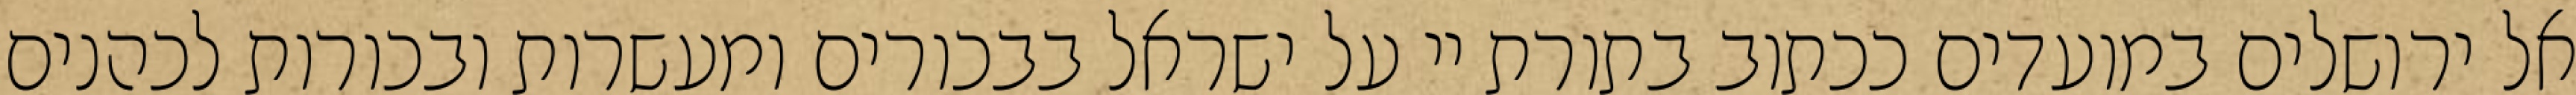
אל ירושלים במועדים ככתוב בתורת יי על ישראל בבכורים ומעשרות ובכורות לכהנים